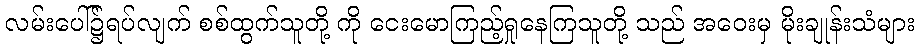
လမ်းပေါ်၌ရပ်လျက် စစ်ထွက်သူတို့ ကို ငေးမောကြည့်ရှုနေကြသူတို့ သည် အဝေးမှ မိုးချုန်းသံများ